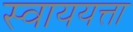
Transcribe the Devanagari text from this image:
स्वाययत्ता